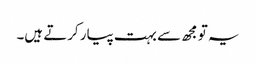
یہ تو مجھ سے بہت پیار کرتے ہیں۔